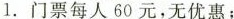
1.门票每人60元，无优惠；